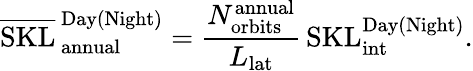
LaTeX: \overline{{\mathrm{SKL}}}_{\, \mathrm{annual}}^{\, \mathrm{Day(Night)}}=\frac{N_{\mathrm{orbits}}^{\mathrm{annual}}}{L_{\mathrm{lat}}}\, \mathrm{SKL}_{\mathrm{int}}^{\mathrm{Day(Night)}}.